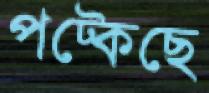
পট্‌কেছে